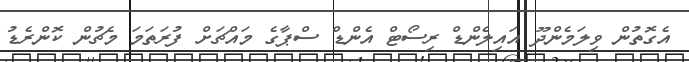
އެގޮތުން ވިލަމެންދޫ އައިލެންޑް ރިސޯޓް އެންޑް ސްޕާގެ މައްޗަށް ފުރަތަމަ މެޗުން ކޮންރެޑު